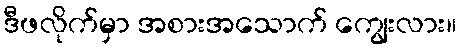
ဒီဖလိုက်မှာ အစားအသောက် ကျွေးလား။